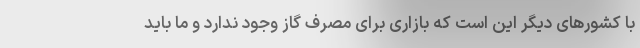
با کشورهای دیگر این است که بازاری برای مصرف گاز وجود ندارد و ما باید